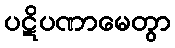
ပဋိပဏာမေတွာ